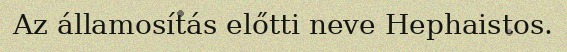
Az államosítás előtti neve Hephaistos.